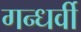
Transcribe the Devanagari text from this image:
गन्धर्वी